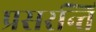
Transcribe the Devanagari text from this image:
प्रसरन्ति